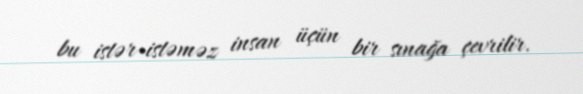
bu istər-istəməz insan üçün bir sınağa çevrilir.